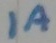
Text: 1A